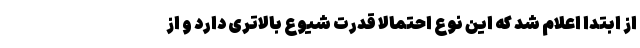
از ابتدا اعلام شد که این نوع احتمالاً قدرت شیوع بالاتری دارد و از